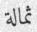
ثمالة